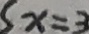
S x = 3